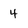
Character: 4